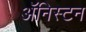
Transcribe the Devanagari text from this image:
ॲनिस्टन